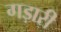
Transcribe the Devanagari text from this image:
गड़ारी